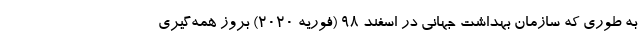
به طوری که سازمان بهداشت جهانی در اسفند ۹۸ (فوریه ۲۰۲۰) بروز همه‌گیری